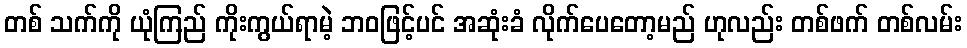
တစ် သက်ကို ယုံကြည် ကိုးကွယ်ရာမဲ့ ဘဝဖြင့်ပင် အဆုံးခံ လိုက်ပေတော့မည် ဟုလည်း တစ်ဖက် တစ်လမ်း